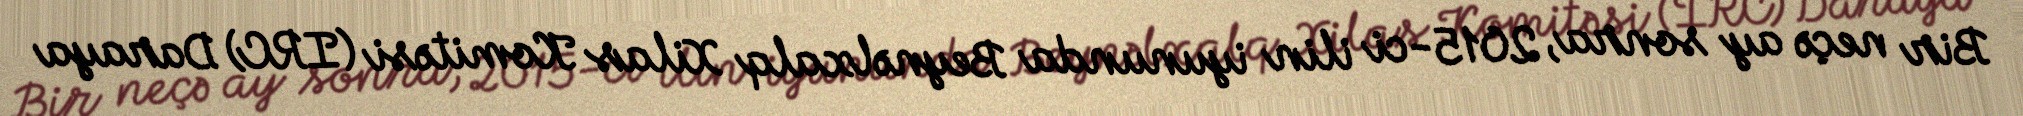
Bir neçə ay sonra, 2015-ci ilin iyununda Beynəlxalq Xilas Komitəsi (IRC) Daraya